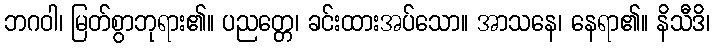
ဘဂဝါ၊ မြတ်စွာဘုရား၏။ ပညတ္တေ၊ ခင်းထားအပ်သော။ အာသနေ၊ နေရာ၏။ နိသီဒိ၊